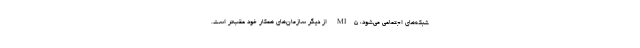
شبکه‌های اجتماعی می‌شود، MI5 از دیگر سازمان‌های همکار خود عقب‌تر است.